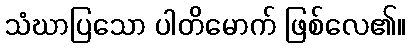
သံဃာပြသော ပါတိမောက် ဖြစ်လေ၏။